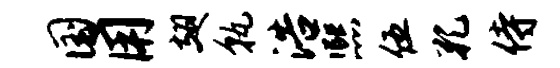
国用翅孰浩熙伍孔侍